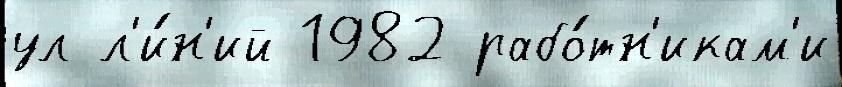
ул л'и́н'ий 1982 рабо́тн'икам'и